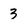
Character: 3